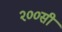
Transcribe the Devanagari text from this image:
२००सी